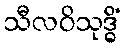
သီလဝိသုဒ္ဓိံ